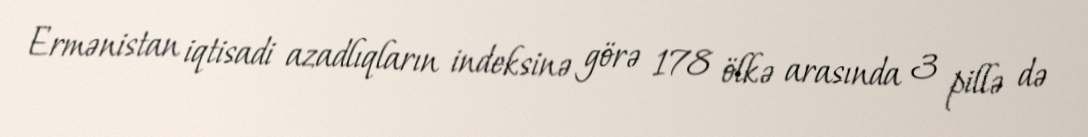
Ermənistan iqtisadi azadlıqların indeksinə görə 178 ölkə arasında 3 pillə də